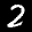
Label: 2